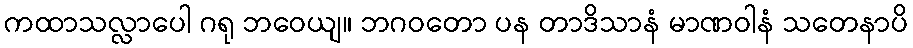
ကထာသလ္လာပေါ ဂရု ဘဝေယျ။ ဘဂဝတော ပန တာဒိသာနံ မာဏဝါနံ သတေနာပိ